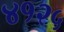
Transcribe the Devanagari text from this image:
४१२५